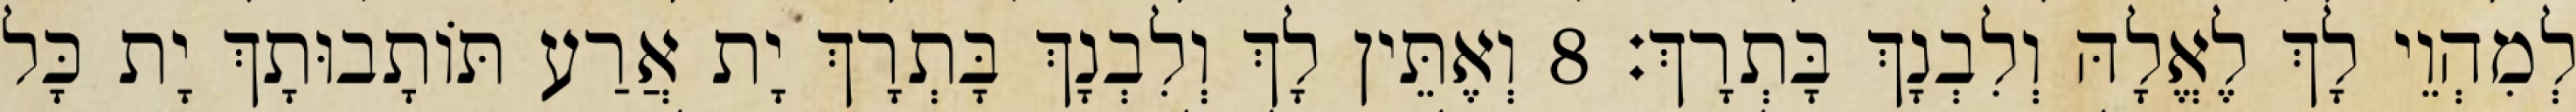
לְמִהְוֵי לָךְ לֶאֱלָהּ וְלִבְנָךְ בָּתְרָךְ׃ 8 וְאֶתֵּין לָךְ וְלִבְנָךְ בָּתְרָךְ יָת אֲרַע תּוֹתָבוּתָךְ יָת כָּל